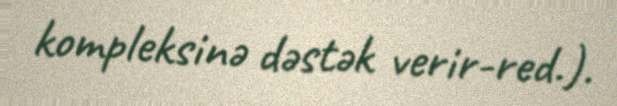
kompleksinə dəstək verir-red.).